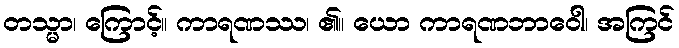
တသ္မာ၊ ကြောင့်။ ကာရဏဿ၊ ၏။ ယော ကာရဏဘာဝေါ၊ အကြင်